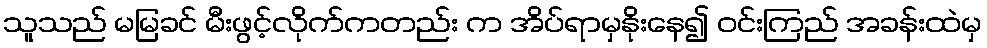
သူသည် မမြခင် မီးဖွင့်လိုက်ကတည်း က အိပ်ရာမှနိုးနေ၍ ဝင်းကြည် အခန်းထဲမှ